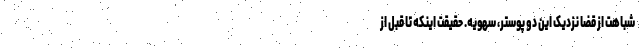
شباهت‌‌ِ از قضا نزدیکِ این دو پوستر، سهویه. حقیقت اینکه تا قبل از